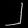
Digit: ၂